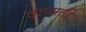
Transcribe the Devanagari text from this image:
वान्मती